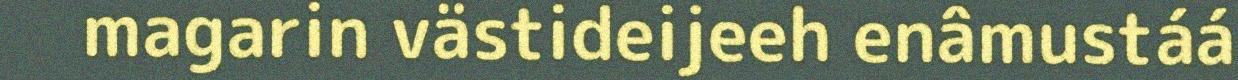
magarin västideijeeh enâmustáá